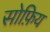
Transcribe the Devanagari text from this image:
सोफ़िय